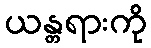
ယန္တရားကို